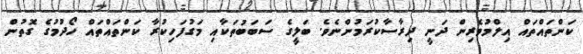
ކަންތައްތައް އިލްމުވެރިން ދަނީ ދިރާސާކުރަމުންނެވެ. ބަލީގެ ސަބަބުތަކާއި މަގުފަހިކުރާ ކަންތައްތައް ހޯދުމުގެ ގޮތުން